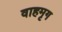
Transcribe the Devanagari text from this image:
वाहमृग